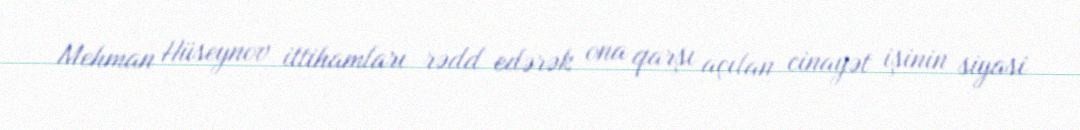
Mehman Hüseynov ittihamları rədd edərək ona qarşı açılan cinayət işinin siyasi